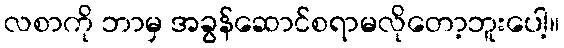
လစာကို ဘာမှ အခွန်ဆောင်စရာမလိုတော့ဘူးပေါ့။